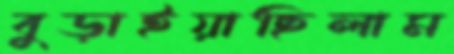
বুড়াইয়াছিলাম